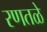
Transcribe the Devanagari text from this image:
रणतळे